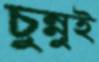
চুন্নুই